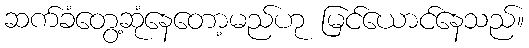
ဆက်ခံတွေ့ဆုံနေတော့မည်ဟု မြင်ယောင်နေသည်။